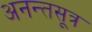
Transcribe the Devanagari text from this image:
अनन्तसूत्र